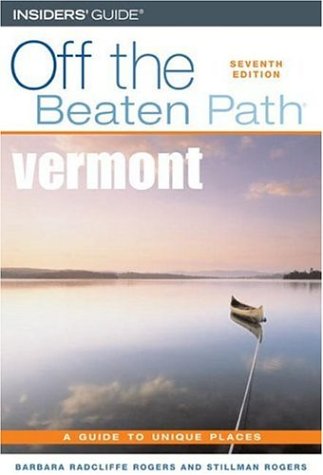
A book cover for Vermont Off the Beaten Path, 7th (Off the Beaten Path Series); Barbara Radcliffe Rogers; Travel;